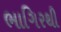
ભાગિરથી